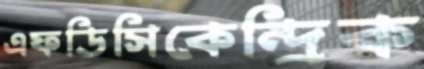
এফডিসিকেন্দ্রিক